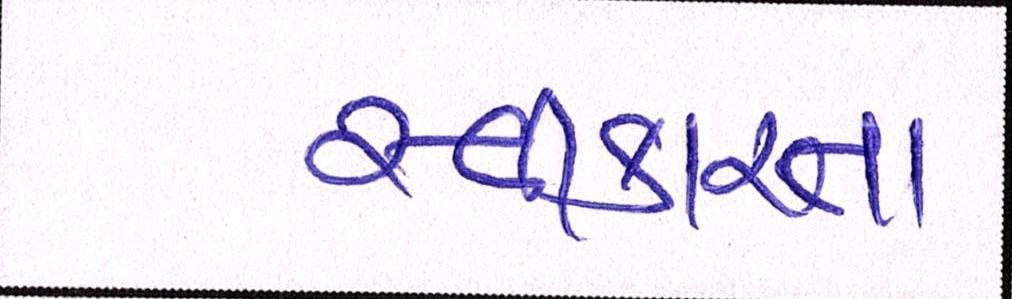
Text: સ્વીકારતા